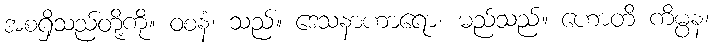
အစရှိသည်တို့ကို။ ဝစနံ၊ သည်။ ဒေသနာဟာရော၊ မည်သည်။ ဟောတိ ကိမ္ပန၊